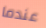
عندما